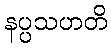
နပ္ပသဟတိ